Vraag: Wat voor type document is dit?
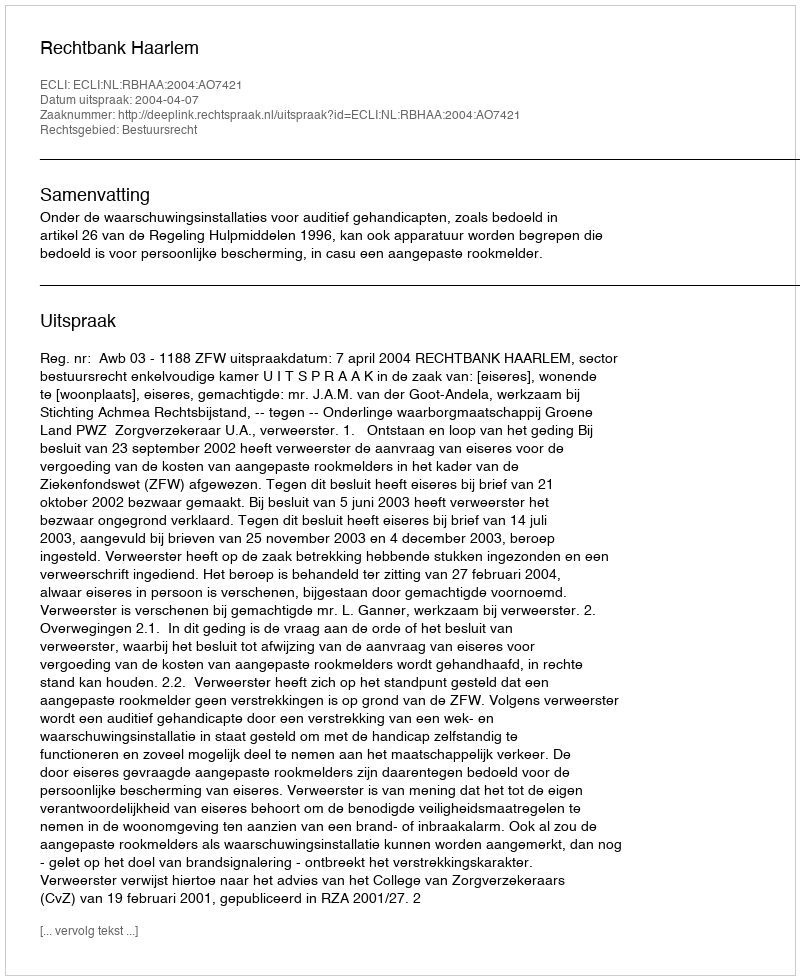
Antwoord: Uitspraak